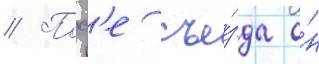
// Посл'е съе́зда о́н